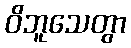
ဝိဘူသေတွာ